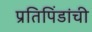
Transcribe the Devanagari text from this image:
प्रतिपिंडांची